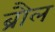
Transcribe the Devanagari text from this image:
ब्रौल